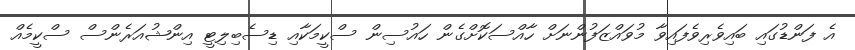
އެ ފަންޑުގައި ބައިވެރިވެފައިވާ މުވައްޒަފުންނަށް ހާއްސަކޮށްގެން ހައުސިން ސްކީމަކާއި ޑިސެބިލިޓީ އިންޝުއަރެންސް ސްކީމެއް